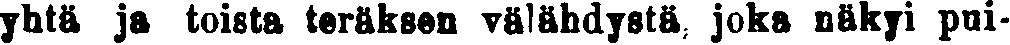
yhtä ja toista teräksen välähdystä, joka näkyi pui-